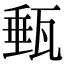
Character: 甀